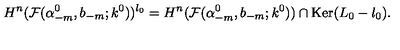
H ^ { n } ( { \cal F } ( \alpha _ { - m } ^ { 0 } , b _ { - m } ; k ^ { 0 } ) ) ^ { l _ { 0 } } = H ^ { n } ( { \cal F } ( \alpha _ { - m } ^ { 0 } , b _ { - m } ; k ^ { 0 } ) ) \cap \mathrm { K e r } ( L _ { 0 } - l _ { 0 } ) .